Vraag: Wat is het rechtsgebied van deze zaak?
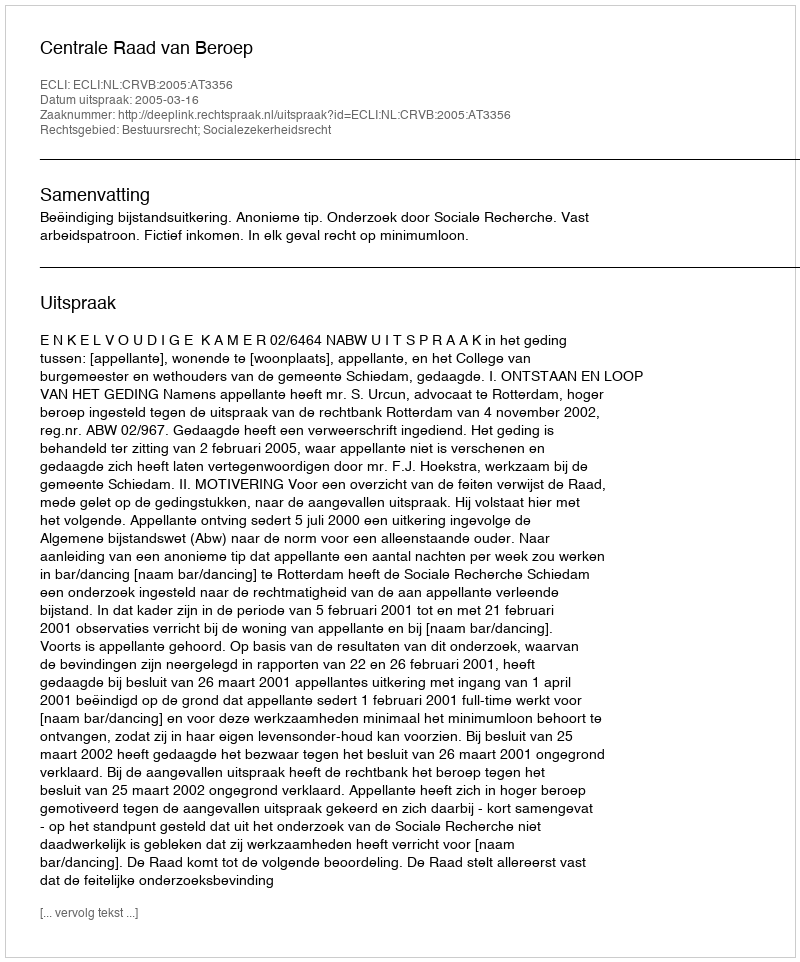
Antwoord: Bestuursrecht; Socialezekerheidsrecht